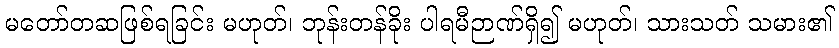
မတော်တဆဖြစ်ရခြင်း မဟုတ်၊ ဘုန်းတန်ခိုး ပါရမီဉာဏ်ရှိ၍ မဟုတ်၊ သားသတ် သမား၏